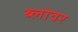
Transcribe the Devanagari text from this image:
ब्लोवर